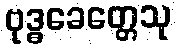
ဗုဒ္ဓခေတ္တေသု